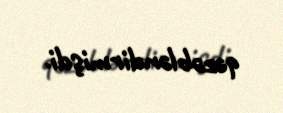
qəzəbləndirmişdi.